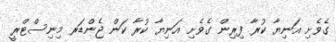
ގެވެށި އަނިޔާ ކުރާ ފިރިން ގެވެށި އަނިޔާ ކުރާ ކަން ޖެންޑަރ މިނިސްޓްރީ